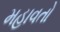
મહાવતો